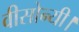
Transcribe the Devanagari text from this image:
वीसोन्यी।